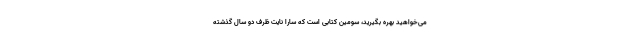
می‌خواهید بهره بگیرید، سومین کتابی است که سارا نایت ظرف دو سال گذشته